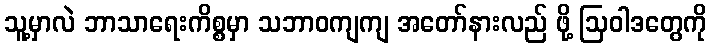
သူ့မှာလဲ ဘာသာရေးကိစ္စမှာ သဘာဝကျကျ အတော်နားလည် ဖို့ ဩဝါဒတွေကို